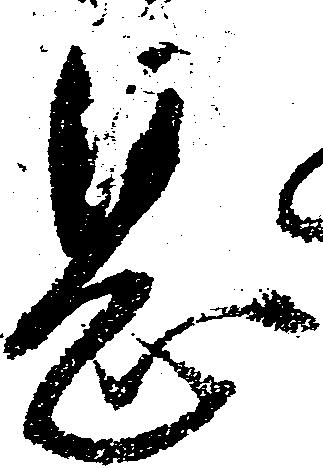
息